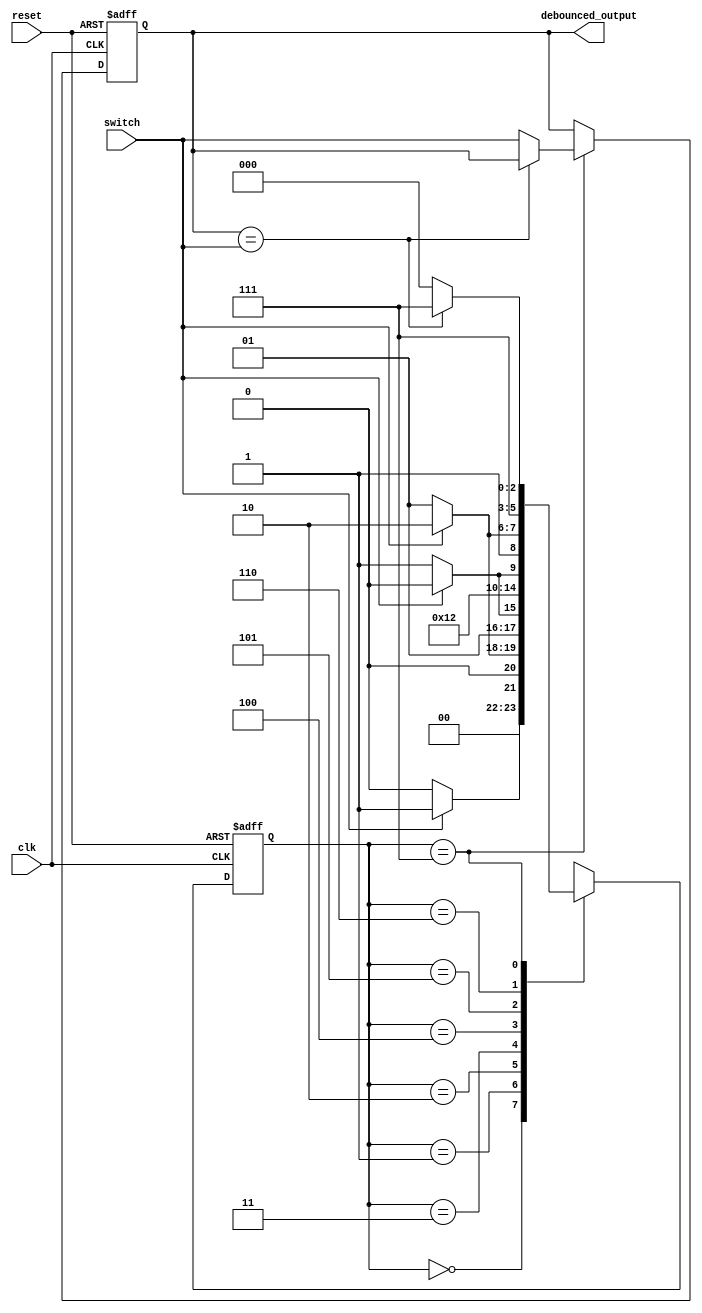
module debounce(
    input clk,
    input reset,
    input switch,
    output reg debounced_output
);

parameter debounce_count = 3;

reg [2:0] state;

always @(posedge clk or posedge reset) begin
    if (reset) begin
        state <= 3'b000;
        debounced_output <= 1'b0;
    end else begin
        case(state)
            3'b000: begin // Idle state
                if (switch) begin
                    state <= 3'b001;
                end else begin
                    state <= 3'b000;
                end
            end
            
            3'b001: begin // Wait for rising edge
                if (switch) begin
                    state <= 3'b010;
                end else begin
                    state <= 3'b001;
                end
            end
            
            3'b010: begin // Debouncing rising edge
                if (switch) begin
                    state <= 3'b010;
                end else begin
                    state <= 3'b011;
                end
            end
            
            3'b011: begin // Rising edge detected
                state <= 3'b100;
            end
            
            3'b100: begin // Wait for falling edge
                if (!switch) begin
                    state <= 3'b101;
                end else begin
                    state <= 3'b100;
                end
            end
            
            3'b101: begin // Debouncing falling edge
                if (!switch) begin
                    state <= 3'b101;
                end else begin
                    state <= 3'b110;
                end
            end
            
            3'b110: begin // Falling edge detected
                state <= 3'b111;
            end
            
            3'b111: begin // Stable state
                if (debounced_output == switch) begin
                    state <= 3'b111;
                end else begin
                    state <= 3'b000;
                    debounced_output <= switch;
                end
            end
        endcase
    end
end

endmodule